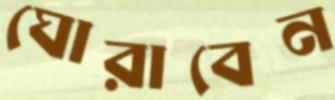
ঘোরাবেন